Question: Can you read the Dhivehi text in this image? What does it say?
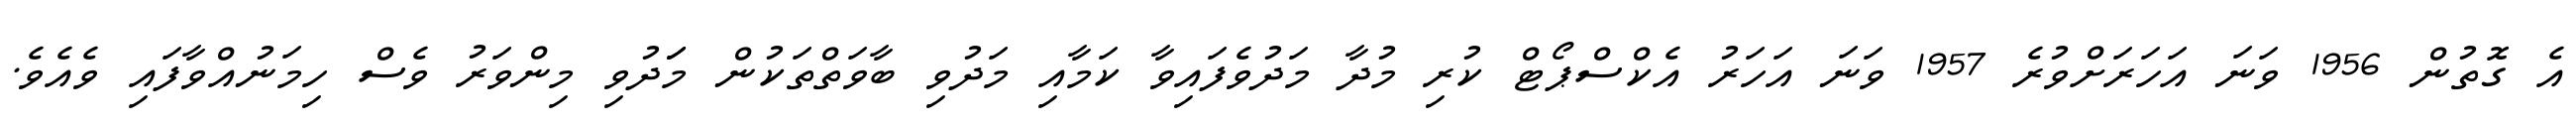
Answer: އެ ގޮތުން 1956 ވަނަ އަހަރަށްވުރެ 1957 ވަނަ އަހަރު އެކްސްޕޯޓް ކުރި މުދާ މަދުވެފައިވާ ކަމާއި މަދުވި ބާވަތްތަކުން މަަދުވި މިންވަރު ވެސް ހިމަނުއްވާފައި ވެއެވެ.